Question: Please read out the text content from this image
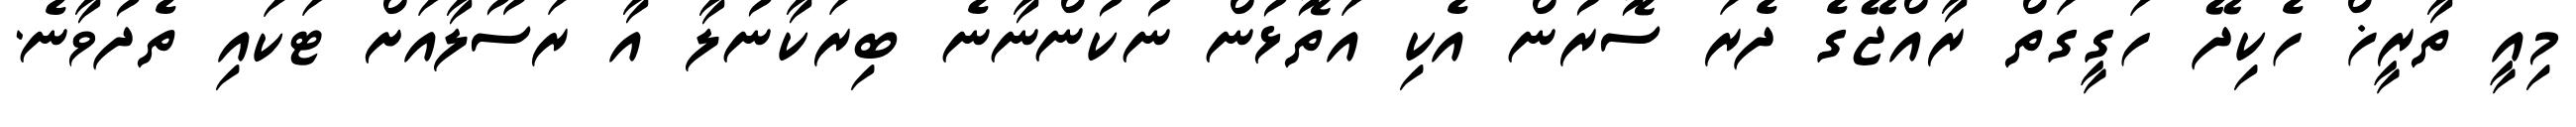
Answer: މިއީ ތާރީޚް ހެކިދޭ ހަގީގަތް ރާއްޖޭގެ ދެރަ ސޮރުން އެކި އަތޮޅުން ނުކުންނާނެ ބިރަކާނުލާ އާ ރަސޫލާއަށް ޓަކައި ތެދުވާނެ.